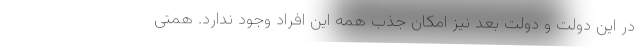
در این دولت و دولت بعد نیز امکان جذب همه این افراد وجود ندارد. همتی